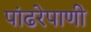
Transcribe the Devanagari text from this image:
पांढरेपाणी